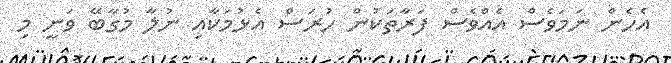
އެހެން ނަމަވެސް އެއްވެސް ފަރާތަކުން ހުރަސް އެޅުމަކާއި ނުލާ މުގާބޭ ވަނީ މި